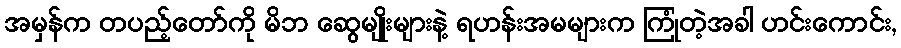
အမှန်က တပည့်တော်ကို မိဘ ဆွေမျိုးများနဲ့ ရဟန်းအမများက ကြုံတဲ့အခါ ဟင်းကောင်း,